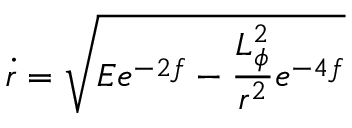
\dot { r } = \sqrt { E e ^ { - 2 f } - \frac { L _ { \phi } ^ { 2 } } { r ^ { 2 } } e ^ { - 4 f } }